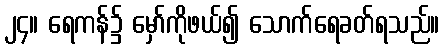
၂၄။ ရေကန်၌ မှော်ကိုဖယ်၍ သောက်ရေခတ်ရသည်။